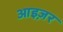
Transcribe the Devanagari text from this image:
आइज़र